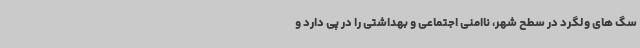
سگ های ولگرد در سطح شهر، ناامنی اجتماعی و بهداشتی را در پی دارد و